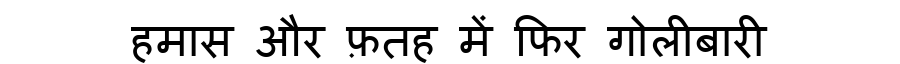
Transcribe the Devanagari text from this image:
हमास और फ़तह में फिर गोलीबारी